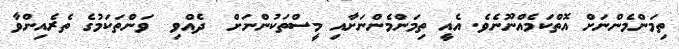
ތިމަންމެންނަށް އޮތްކަމެއްނޫނެވެ. އެއީ ތިމަންމެންނަށާއި މީސްތަކުންނަށް  ދެއްވި  ވަންތަކަމުގެ ތެރެއިންވާ